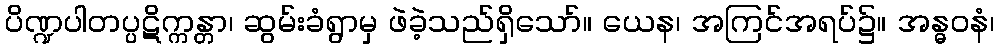
ပိဏ္ဍပါတပ္ပဋိက္ကန္တာ၊ ဆွမ်းခံရွာမှ ဖဲခဲ့သည်ရှိသော်။ ယေန၊ အကြင်အရပ်၌။ အန္ဓဝနံ၊